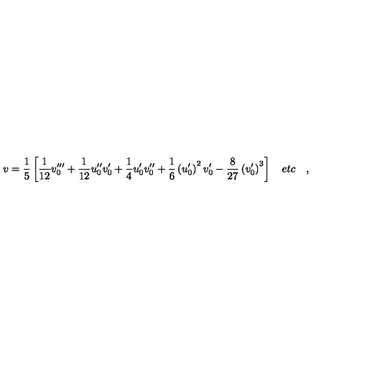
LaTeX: v = \frac { 1 } { 5 } \left[ \frac { 1 } { 1 2 } v _ { 0 } ^ { \prime \prime \prime } + \frac { 1 } { 1 2 } u _ { 0 } ^ { \prime \prime } v _ { 0 } ^ { \prime } + \frac { 1 } { 4 } u _ { 0 } ^ { \prime } v _ { 0 } ^ { \prime \prime } + \frac { 1 } { 6 } \left( u _ { 0 } ^ { \prime } \right) ^ { 2 } v _ { 0 } ^ { \prime } - \frac { 8 } { 2 7 } \left( v _ { 0 } ^ { \prime } \right) ^ { 3 } \right] \quad e t c \quad ,